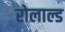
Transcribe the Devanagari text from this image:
रोलाल्ड